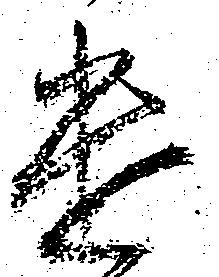
遣